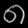
Digit: ၈